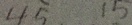
4 5 1 5